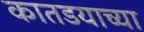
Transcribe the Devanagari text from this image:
कातडयाच्या